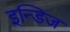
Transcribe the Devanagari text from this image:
इन्डिज